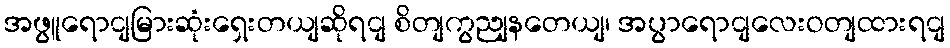
အဖွူရောငျမြားဆုံးရှေးတယျဆိုရငျ စိတျကွညျနတေယျ၊ အပွာရောငျလေးဝတျထားရငျ